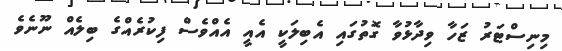
މިނިސްޓަރު ޒަހާ ވިދާޅުވާ ގޮތުގައި އެބިލަކީ އެއީ އެއްވެސް ފިކުރެއްގެ ބިލެއް ނޫނެވެ